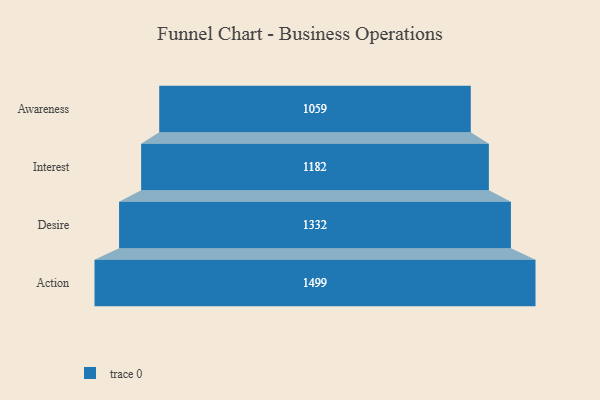
{"axis": {"x": "Stage", "y": "Value"}, "legend": [""], "data": [{"x": "Awareness", "y": 1059.0, "type": ""}, {"x": "Interest", "y": 1182.0, "type": ""}, {"x": "Desire", "y": 1332.0, "type": ""}, {"x": "Action", "y": 1499.0, "type": ""}]}